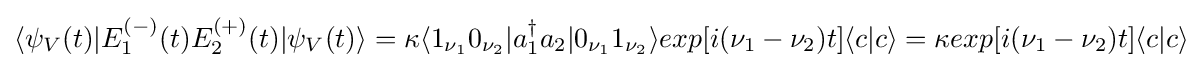
\langle \psi _{V}(t)|E_{1}^{(-)}(t)E_{2}^{(+)}(t)|\psi _{V}(t)\rangle =\kappa \langle 1_{\nu _{1}}0_{\nu _{2}}|a_{1}^{\dagger }a_{2}|0_{\nu _{1}}1_{\nu _{2}}\rangle exp\lbrack i(\nu _{1}-\nu _{2})t\rbrack \langle c|c\rangle =\kappa exp\lbrack i(\nu _{1}-\nu _{2})t\rbrack \langle c|c\rangle